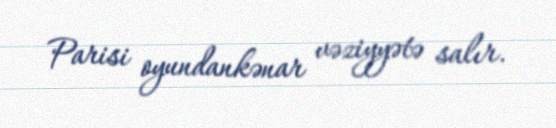
Parisi oyundankənar vəziyyətə salır.